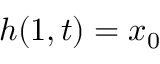
h ( 1 , t ) = x _ { 0 }